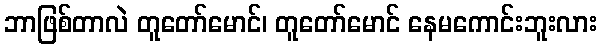
ဘာဖြစ်တာလဲ တူတော်မောင်၊ တူတော်မောင် နေမကောင်းဘူးလား